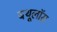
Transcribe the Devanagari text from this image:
बथूलॉस